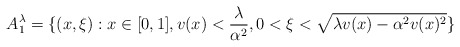
\begin{align*}A_1^{\lambda} = \{ (x,\xi): x\in [0,1], v(x)< \frac{\lambda}{\alpha^2},0<\xi<\sqrt{\lambda v(x) - \alpha^2 v(x)^2} \}\end{align*}